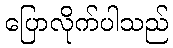
ပြောလိုက်ပါသည်